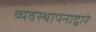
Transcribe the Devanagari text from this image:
व्यवस्थापनाद्वारे